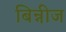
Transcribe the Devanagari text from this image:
बिन्नीज